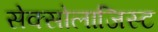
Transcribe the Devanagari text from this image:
सेक्सोलाजिस्ट